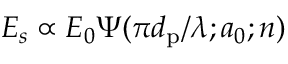
E _ { s } \propto E _ { 0 } \Psi ( \pi d _ { \mathrm { p } } / \lambda ; a _ { 0 } ; n )